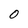
Character: 0